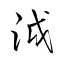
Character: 泧